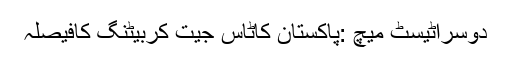
دوسراٹیسٹ میچ :پاکستان کاٹاس جیت کربیٹنگ کافیصلہ